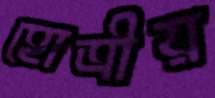
হোত্রীয়